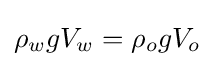
{\rho _{w}gV_{w}}={\rho _{o}gV_{o}}